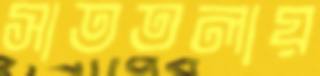
সাততলায়